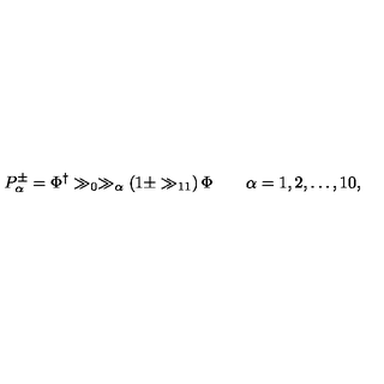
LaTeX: P _ { \alpha } ^ { \pm } = \Phi ^ { \dagger } \gg _ { 0 } \gg _ { \alpha } \left( 1 \pm \gg _ { 1 1 } \right) \Phi \qquad \alpha = 1 , 2 , \dots , 1 0 ,